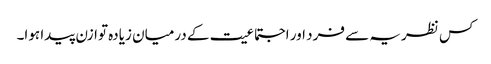
کس نظریہ سے فرد اور اجتماعیت کے درمیان زیادہ توازن پیدا ہوا۔